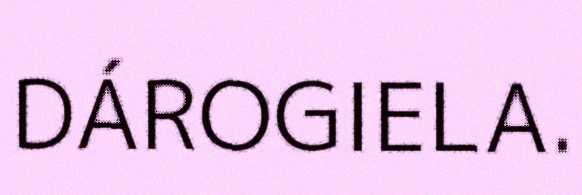
DÁROGIELA.